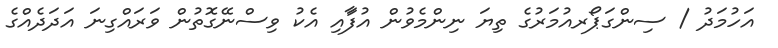
އަހުމަދު / ސިންގަޕޯރއުމަރުގެ ތިޔަ ނިންމެވުން އުފަާއި އެކު ވިސްނޭގޮތުން ވަރައްގިނަ އަދަދެއްގެ